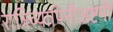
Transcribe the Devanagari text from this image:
रात्रिव्यापिनीअष्टमी